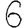
Digit: 6